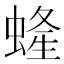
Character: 𧍰